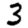
Digit: 3